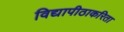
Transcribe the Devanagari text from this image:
विद्यापीठाकरिता